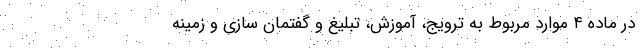
در ماده ۴ موارد مربوط به ترویج، آموزش، تبلیغ و گفتمان سازی و زمینه